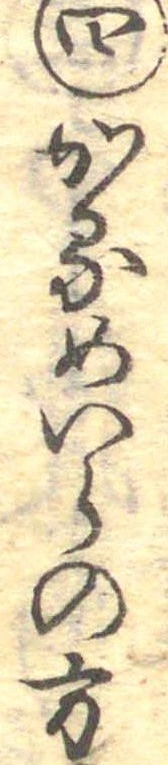
四かるめいらの方